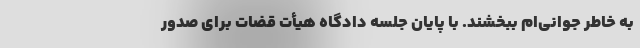
به خاطر جوانی‌ام ببخشند. با پایان جلسه دادگاه هیأت قضات برای صدور